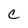
Character: C